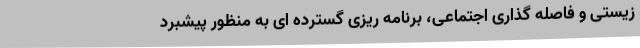
زیستی و فاصله گذاری اجتماعی، برنامه ریزی گسترده ای به منظور پیشبرد